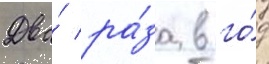
Два́ ра́за в го́д